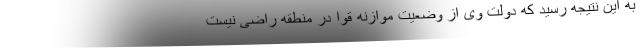
به این نتیجه رسید که دولت وی از وضعیت موازنه قوا در منطقه راضی نیست